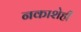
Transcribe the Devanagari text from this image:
नकाशेही